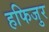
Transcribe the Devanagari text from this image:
हफिजुर